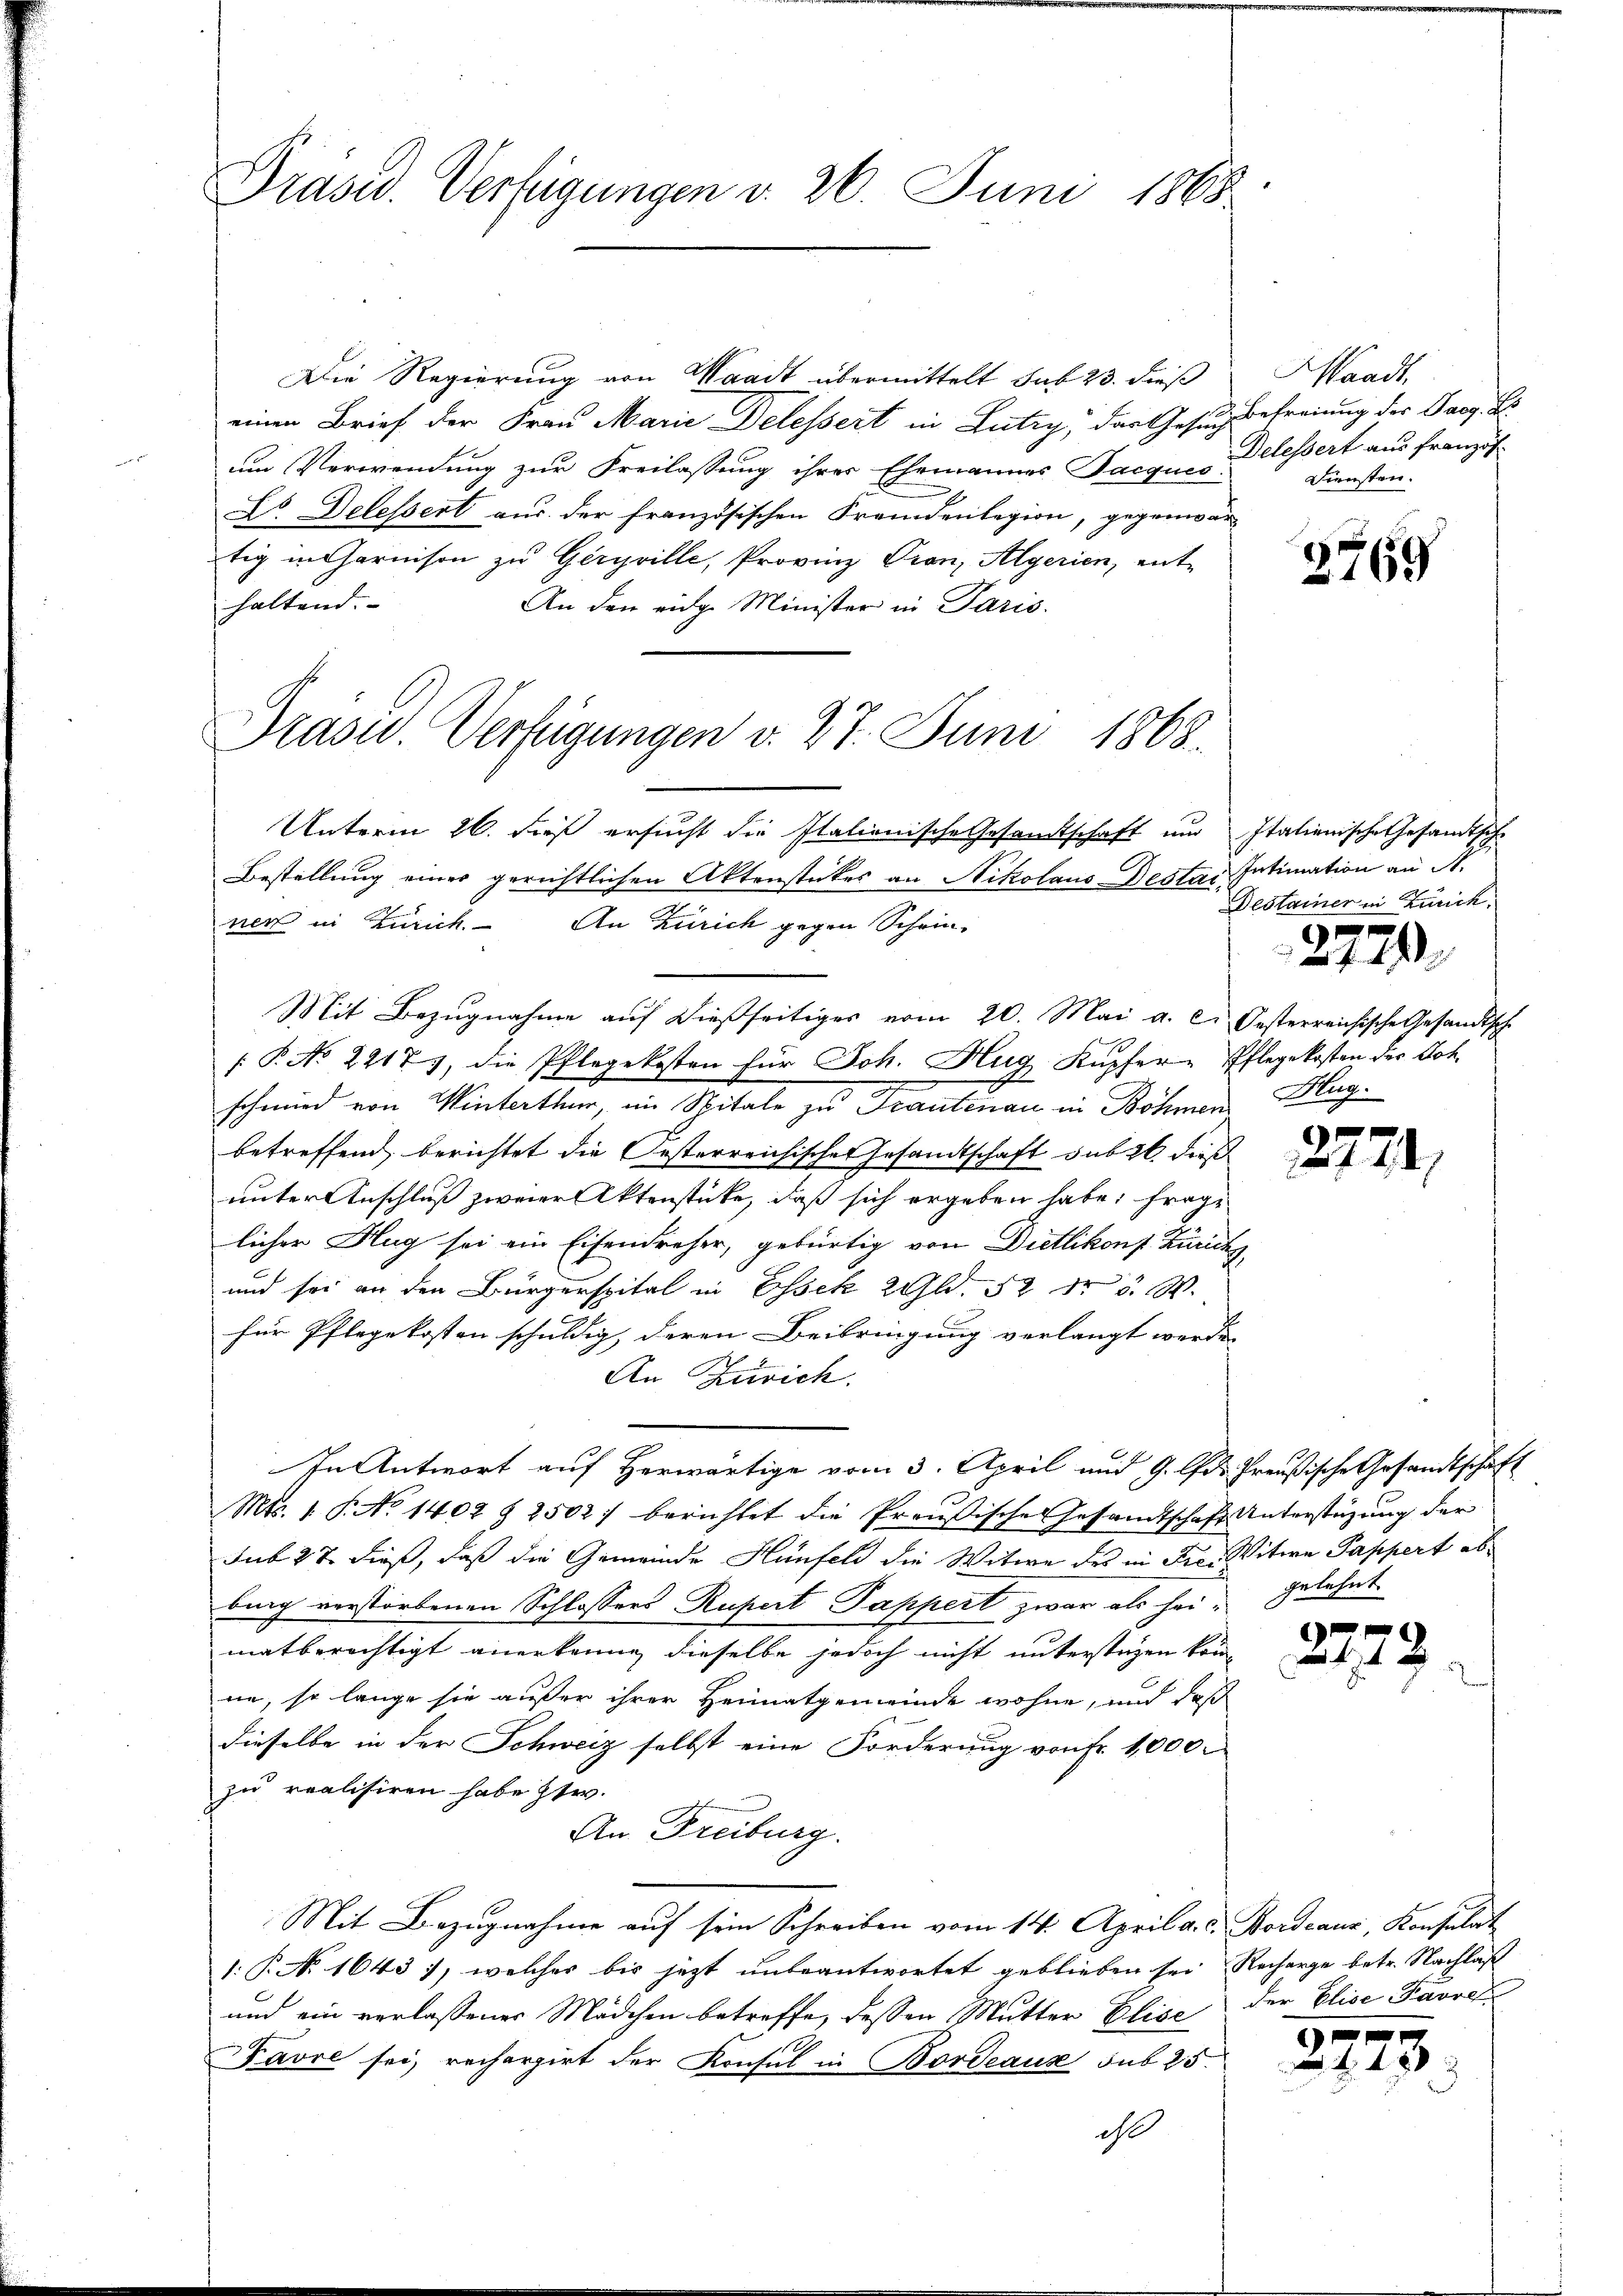
Drasw. Verfügungen d. 26. Juni 1868

Die Regierung von Waadt übermittelt sub 23. dieß
einen Brief der Frau Marie Delessert in Lutry, das Gesuch befreiung der Parg. Es
um Verwendung zur Freilassung ihrer Ehemannes Jacques Belessert aus französ
Dr Delessert aus der französischen Fremdenlegion, gegenwär
tig in Harnison zu Geryville, Provinz Tron, Algerien, ent-
haltend. |
An den eidg. Minister in Paris.
Drasu. Verfügungen v. 27. Juni 1868.

Waadt,
Diensten.

Unterm 26. dieß ersucht die Italionische Gesandtschaft und Italienische Gesandtsche
Bestellung einer gerichtlichen Aktenstückes an Nikolaus-Destainer in Zürich. An Zürich gegen Schein-
Mit Bezugnahme auf dießseitiges vom 20. Mai a. c. Oesterreichische Gesandtsch
[ P. No 2217), die Pflegekosten für Joh. Hug Kupfer Pflegekosten der Joh
schmied von Winterthur, im Spitale zu Trautenau in Böhmer  Klugbetreffend, berichtet die Oesterreichisches Gesandtschaft sub 20. dieß
unter Anschluß zweier Aktenstücke, daß sich ergeben habe: Frage
licher Flug sei ein Eisendreher, gebürtig von Dietlikons Zürichs
und sei an den Bürgerspital in Essek 2 Gld. 52 der 5. W.
für Pflegekosten schuldig, deren Beibringung verlangt werde
An Zürich.
In Antwort auf Herwärtige vom 3. April und 9. ds Preußische Gesandtschaft
Mts. 1. P. No 1402 § 2502) berichtet die Preußische Gesandtschaft Unterstüzung der
sub 27. dieß, daß die Gemeinde Hünfeld die Witwe des in Frei Witwe Pappert abbing verstorbenen Schlossers Rupert Pappert zwar als hei- Gelehnt
matberechtigt anerkenne, dieselbe jedoch nicht unterstüzen könne, so lange sie außer ihrer Heimatgemeinde wohne, und daß
dieselbe in der Schweiz selbst eine Forderung von Fr. 1,000
zu realisiren habe ste
An Freiburg.
Mit Bezugnahme auf sein Schreiben vom 14. April a. c. Bordeaux, Konsulat
1: P. No 1643), welches bis jetzt unbeantwortet geblieben sei, Recharge betr. Nachlaß
und ein verlassener Mädchen betreffe, dessen Mutter Elise der Elise Favre
Favre sei, rechargirt der Konsul in Bordeaus sub 25.
ch

3769

Intimation an St.
Destainer in Zürich.

2729.

2774,

E
179

44 x